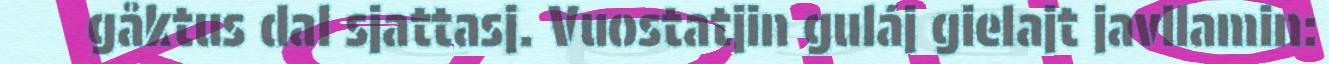
gåktus dal sjattasj. Vuostatjin guláj gielajt javllamin: